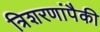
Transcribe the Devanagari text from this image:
त्रिशरणांपैकी